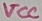
Text: VCC